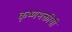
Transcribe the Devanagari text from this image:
कृष्णभक्तीची